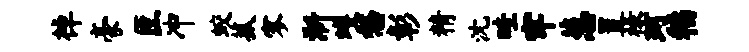
棹豪臣冲蛟菰寥淅蠖愁彰精沈畦牢葱置禄珂稻